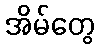
အိမ်တွေ